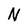
Character: N